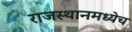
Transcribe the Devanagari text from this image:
राजस्थानमध्येच